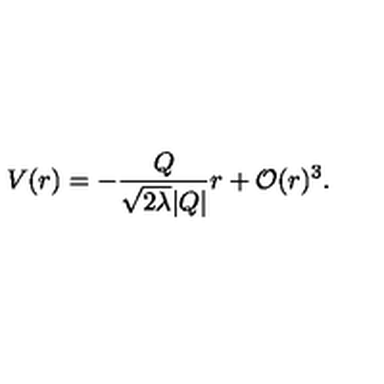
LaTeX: V ( r ) = - \frac { Q } { \sqrt { 2 \lambda } | Q | } r + { \cal { O } } ( r ) ^ { 3 } .